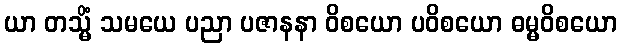
ယာ တသ္မိံ သမယေ ပညာ ပဇာနနာ ဝိစယော ပဝိစယော ဓမ္မဝိစယော